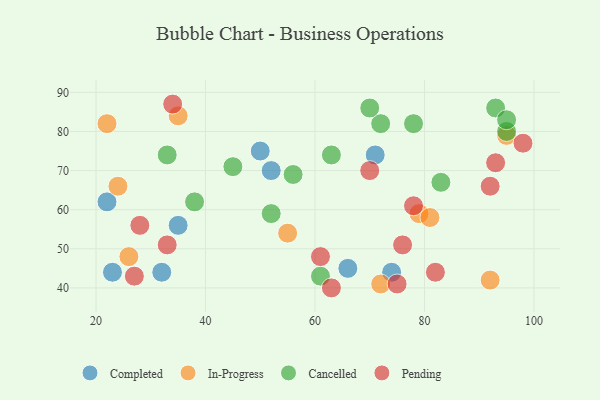
{"axis": {"x": "GDP", "y": "Life Expectancy"}, "legend": ["Cancelled", "Completed", "In-Progress", "Pending"], "data": [{"x": "35", "y": 56, "type": "Completed"}, {"x": "52", "y": 70, "type": "Completed"}, {"x": "32", "y": 44, "type": "Completed"}, {"x": "74", "y": 44, "type": "Completed"}, {"x": "66", "y": 45, "type": "Completed"}, {"x": "50", "y": 75, "type": "Completed"}, {"x": "22", "y": 62, "type": "Completed"}, {"x": "71", "y": 74, "type": "Completed"}, {"x": "23", "y": 44, "type": "Completed"}, {"x": "55", "y": 54, "type": "In-Progress"}, {"x": "24", "y": 66, "type": "In-Progress"}, {"x": "72", "y": 41, "type": "In-Progress"}, {"x": "79", "y": 59, "type": "In-Progress"}, {"x": "81", "y": 58, "type": "In-Progress"}, {"x": "35", "y": 84, "type": "In-Progress"}, {"x": "95", "y": 79, "type": "In-Progress"}, {"x": "26", "y": 48, "type": "In-Progress"}, {"x": "22", "y": 82, "type": "In-Progress"}, {"x": "92", "y": 42, "type": "In-Progress"}, {"x": "72", "y": 82, "type": "Cancelled"}, {"x": "61", "y": 43, "type": "Cancelled"}, {"x": "56", "y": 69, "type": "Cancelled"}, {"x": "70", "y": 86, "type": "Cancelled"}, {"x": "95", "y": 80, "type": "Cancelled"}, {"x": "93", "y": 86, "type": "Cancelled"}, {"x": "78", "y": 82, "type": "Cancelled"}, {"x": "38", "y": 62, "type": "Cancelled"}, {"x": "33", "y": 74, "type": "Cancelled"}, {"x": "83", "y": 67, "type": "Cancelled"}, {"x": "63", "y": 74, "type": "Cancelled"}, {"x": "52", "y": 59, "type": "Cancelled"}, {"x": "45", "y": 71, "type": "Cancelled"}, {"x": "95", "y": 83, "type": "Cancelled"}, {"x": "92", "y": 66, "type": "Pending"}, {"x": "78", "y": 61, "type": "Pending"}, {"x": "63", "y": 40, "type": "Pending"}, {"x": "34", "y": 87, "type": "Pending"}, {"x": "93", "y": 72, "type": "Pending"}, {"x": "98", "y": 77, "type": "Pending"}, {"x": "27", "y": 43, "type": "Pending"}, {"x": "28", "y": 56, "type": "Pending"}, {"x": "75", "y": 41, "type": "Pending"}, {"x": "61", "y": 48, "type": "Pending"}, {"x": "82", "y": 44, "type": "Pending"}, {"x": "33", "y": 51, "type": "Pending"}, {"x": "76", "y": 51, "type": "Pending"}, {"x": "70", "y": 70, "type": "Pending"}]}